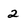
Character: 2